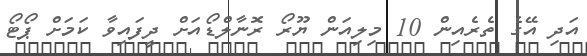
އަދި އޭގެ ތެރެއިން 10 މިލިއަން ޔޫރޯ ރޮނާލްޑޯއަށް ދީފައިވާ ކަމަށް ޕޯޓޯ